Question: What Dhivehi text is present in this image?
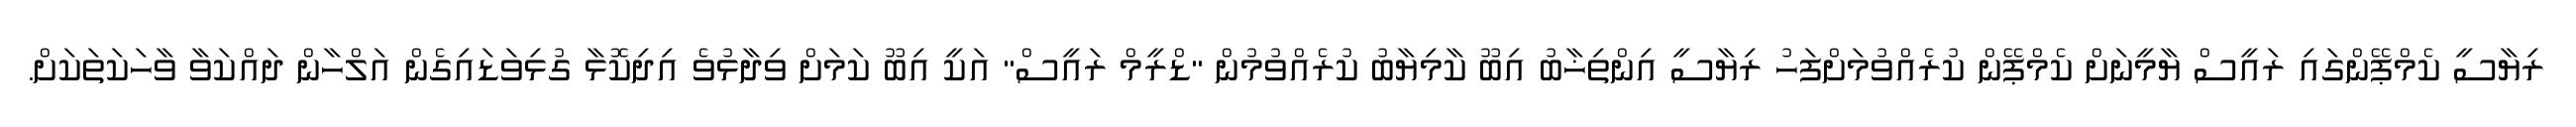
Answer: ރިޔާސީ ކެމްޕޭންގައި ރައީސް ޔާމީނަށް ކެމްޕޭން ކުރެއްވުމަށްފަހު ރިޔާސީ އިންތިޚާބު އިބޫ ކާމިޔާބު ކުރެއްވުމުން "ޑްރީމް ރައީސް" އަކީ އިބޫ ކަމަށް ވިދާޅުވެ އިދިކޮޅާ ގުޅިވަޑައިގެން އަލްހާން ދައްކަވާ ވާހަކަތަކަށް.